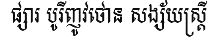
ផ្សារ បូរីញូវថោន សង្ស័យស្ត្រី